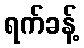
ရက်ခန့်